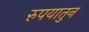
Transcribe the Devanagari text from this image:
रुपयातुन